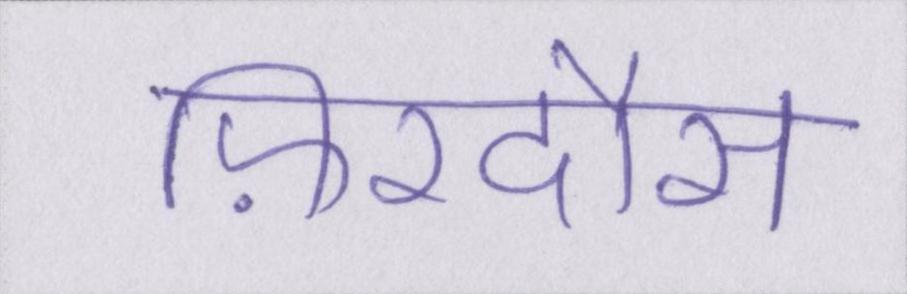
फ़िरदौस